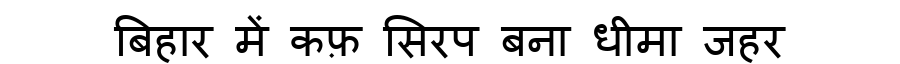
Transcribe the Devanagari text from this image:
बिहार में कफ़ सिरप बना धीमा जहर